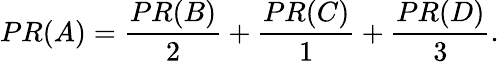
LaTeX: PR(A)={\frac{PR(B)}{2}}+{\frac{PR(C)}{1}}+{\frac{PR(D)}{3}}.